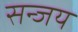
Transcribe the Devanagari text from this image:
सन्जय